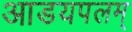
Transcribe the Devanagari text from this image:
आडयपलम्‌